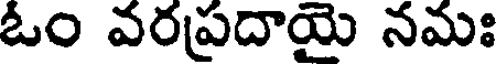
ఓం వరప్రదాయై నమః